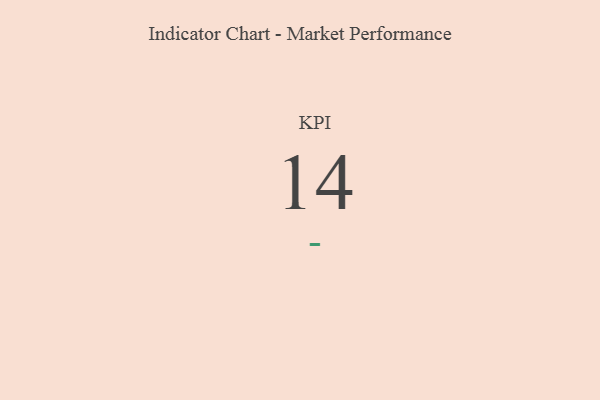
{"axis": {"x": "KPI", "y": "Value"}, "legend": [""], "data": [{"x": "KPI", "y": 14, "type": ""}]}